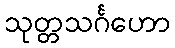
သုတ္တသင်္ဂဟော